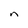
Character: n